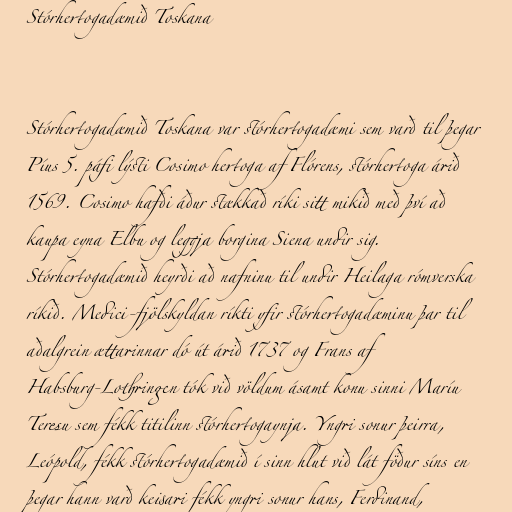
Stórhertogadæmið Toskana

Stórhertogadæmið Toskana var stórhertogadæmi sem varð til þegar
Píus 5. páfi lýsti Cosimo hertoga af Flórens, stórhertoga árið
1569. Cosimo hafði áður stækkað ríki sitt mikið með því að
kaupa eyna Elbu og leggja borgina Siena undir sig.
Stórhertogadæmið heyrði að nafninu til undir Heilaga rómverska
ríkið. Medici-fjölskyldan ríkti yfir stórhertogadæminu þar til
aðalgrein ættarinnar dó út árið 1737 og Frans af
Habsburg-Lothringen tók við völdum ásamt konu sinni Maríu
Teresu sem fékk titilinn stórhertogaynja. Yngri sonur þeirra,
Leópold, fékk stórhertogadæmið í sinn hlut við lát föður síns en
þegar hann varð keisari fékk yngri sonur hans, Ferdinand,